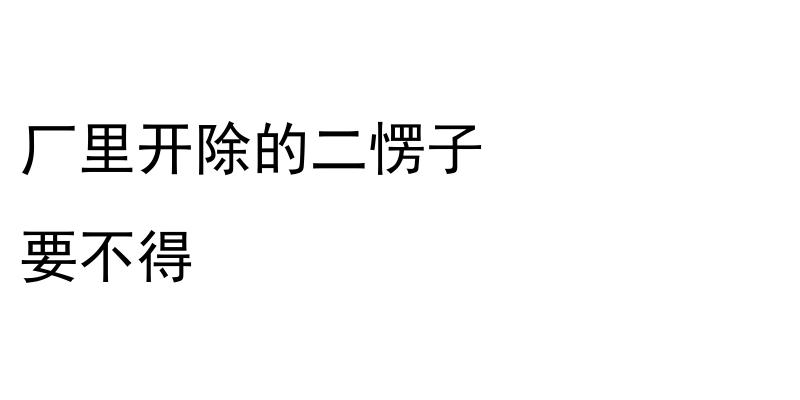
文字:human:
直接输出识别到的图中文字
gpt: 厂里开除的二愣子 要不得